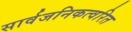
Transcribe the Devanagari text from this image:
सार्वजनिकत्वरित